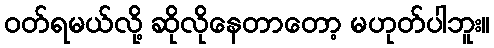
ဝတ်ရမယ်လို့ ဆိုလိုနေတာတော့ မဟုတ်ပါဘူး။